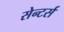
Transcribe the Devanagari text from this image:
सेन्टर्स